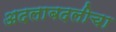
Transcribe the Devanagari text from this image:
अदलाबदलीचा